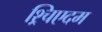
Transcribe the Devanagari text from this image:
श्र्चिएदम